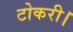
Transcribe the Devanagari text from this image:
टोकरी।